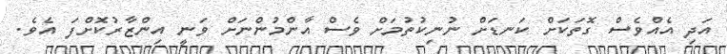
އަދި އެއްވެސް ގޮތަކަށް ކަނޑަށް ނުނިކުތުމަށް ވެސް އާންމުންނަށް ވަނީ އިންޒާރުކޮށްފަ އެވެ.